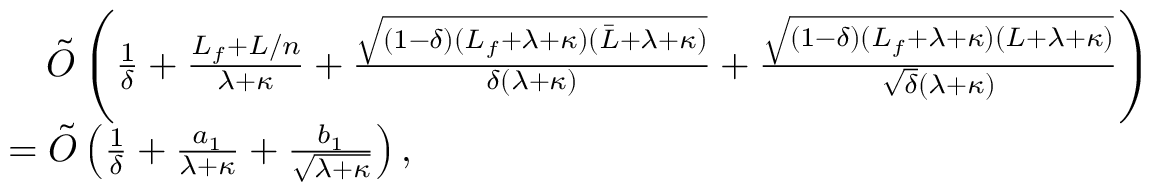
\begin{array} { r l } & { \quad { \tilde { \cal O } } \left( \frac { 1 } { \delta } + \frac { L _ { f } + L / n } { \lambda + \kappa } + \frac { \sqrt { ( 1 - \delta ) ( L _ { f } + \lambda + \kappa ) ( { \bar { L } } + \lambda + \kappa ) } } { \delta ( \lambda + \kappa ) } + \frac { \sqrt { ( 1 - \delta ) ( L _ { f } + \lambda + \kappa ) ( L + \lambda + \kappa ) } } { \sqrt { \delta } ( \lambda + \kappa ) } \right) } \\ & { = { \tilde { \cal O } } \left( \frac { 1 } { \delta } + \frac { a _ { 1 } } { \lambda + \kappa } + \frac { b _ { 1 } } { \sqrt { \lambda + \kappa } } \right) , } \end{array}